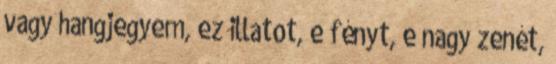
vagy hangjegyem, ez illatot, e fényt, e nagy zenét,